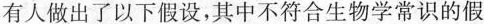
有人做出了以下假设，其中不符合生物学常识的假